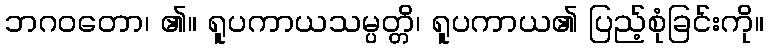
ဘဂဝတော၊ ၏။ ရူပကာယသမ္ပတ္တိ၊ ရူပကာယ၏ ပြည့်စုံခြင်းကို။